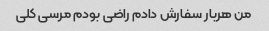
من هربار سفارش دادم راضی بودم مرسی کلی